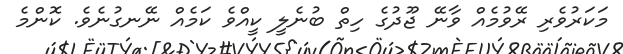
މަކަރުވެރި ރޭވުމެއް ވާނޭ ޖޫދުގެ ހިތް ބުނެލީ ކީއްވެ ކަމެއް ނޭނގުނެވެ. ކޮންމެ